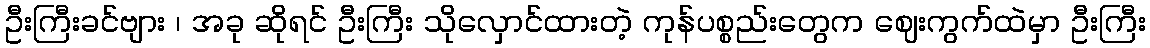
ဦးကြီးခင်ဗျား ၊ အခု ဆိုရင် ဦးကြီး သိုလှောင်ထားတဲ့ ကုန်ပစ္စည်းတွေက ဈေးကွက်ထဲမှာ ဦးကြီး